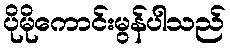
ပိုမိုကောင်းမွန်ပါသည်